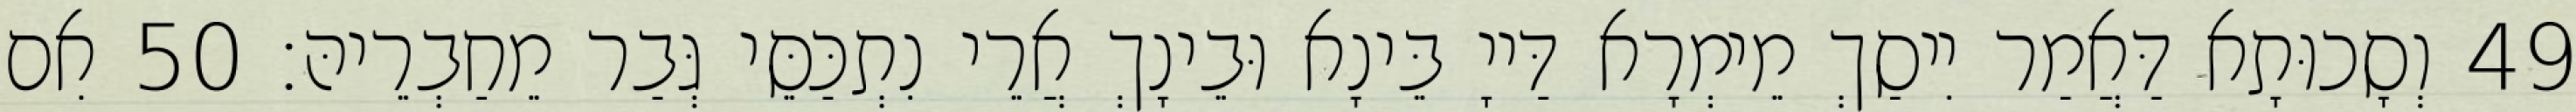
49 וְסָכוּתָא דַּאֲמַר יִיסַךְ מֵימְרָא דַּייָ בֵּינָא וּבֵינָךְ אֲרֵי נִתְכַּסֵּי גְּבַר מֵחַבְרֵיהּ׃ 50 אִם